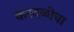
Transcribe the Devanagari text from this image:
करदळीचा